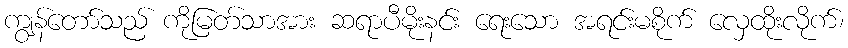
ကျွန်တော်သည် ကိုမြတ်သာအား ဆရာပီမိုးနင်း ရေးသော အရင်းမစိုက် လှေထိုးလိုက်၊